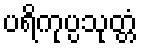
ပရိကုပ္ပသုတ္တံ